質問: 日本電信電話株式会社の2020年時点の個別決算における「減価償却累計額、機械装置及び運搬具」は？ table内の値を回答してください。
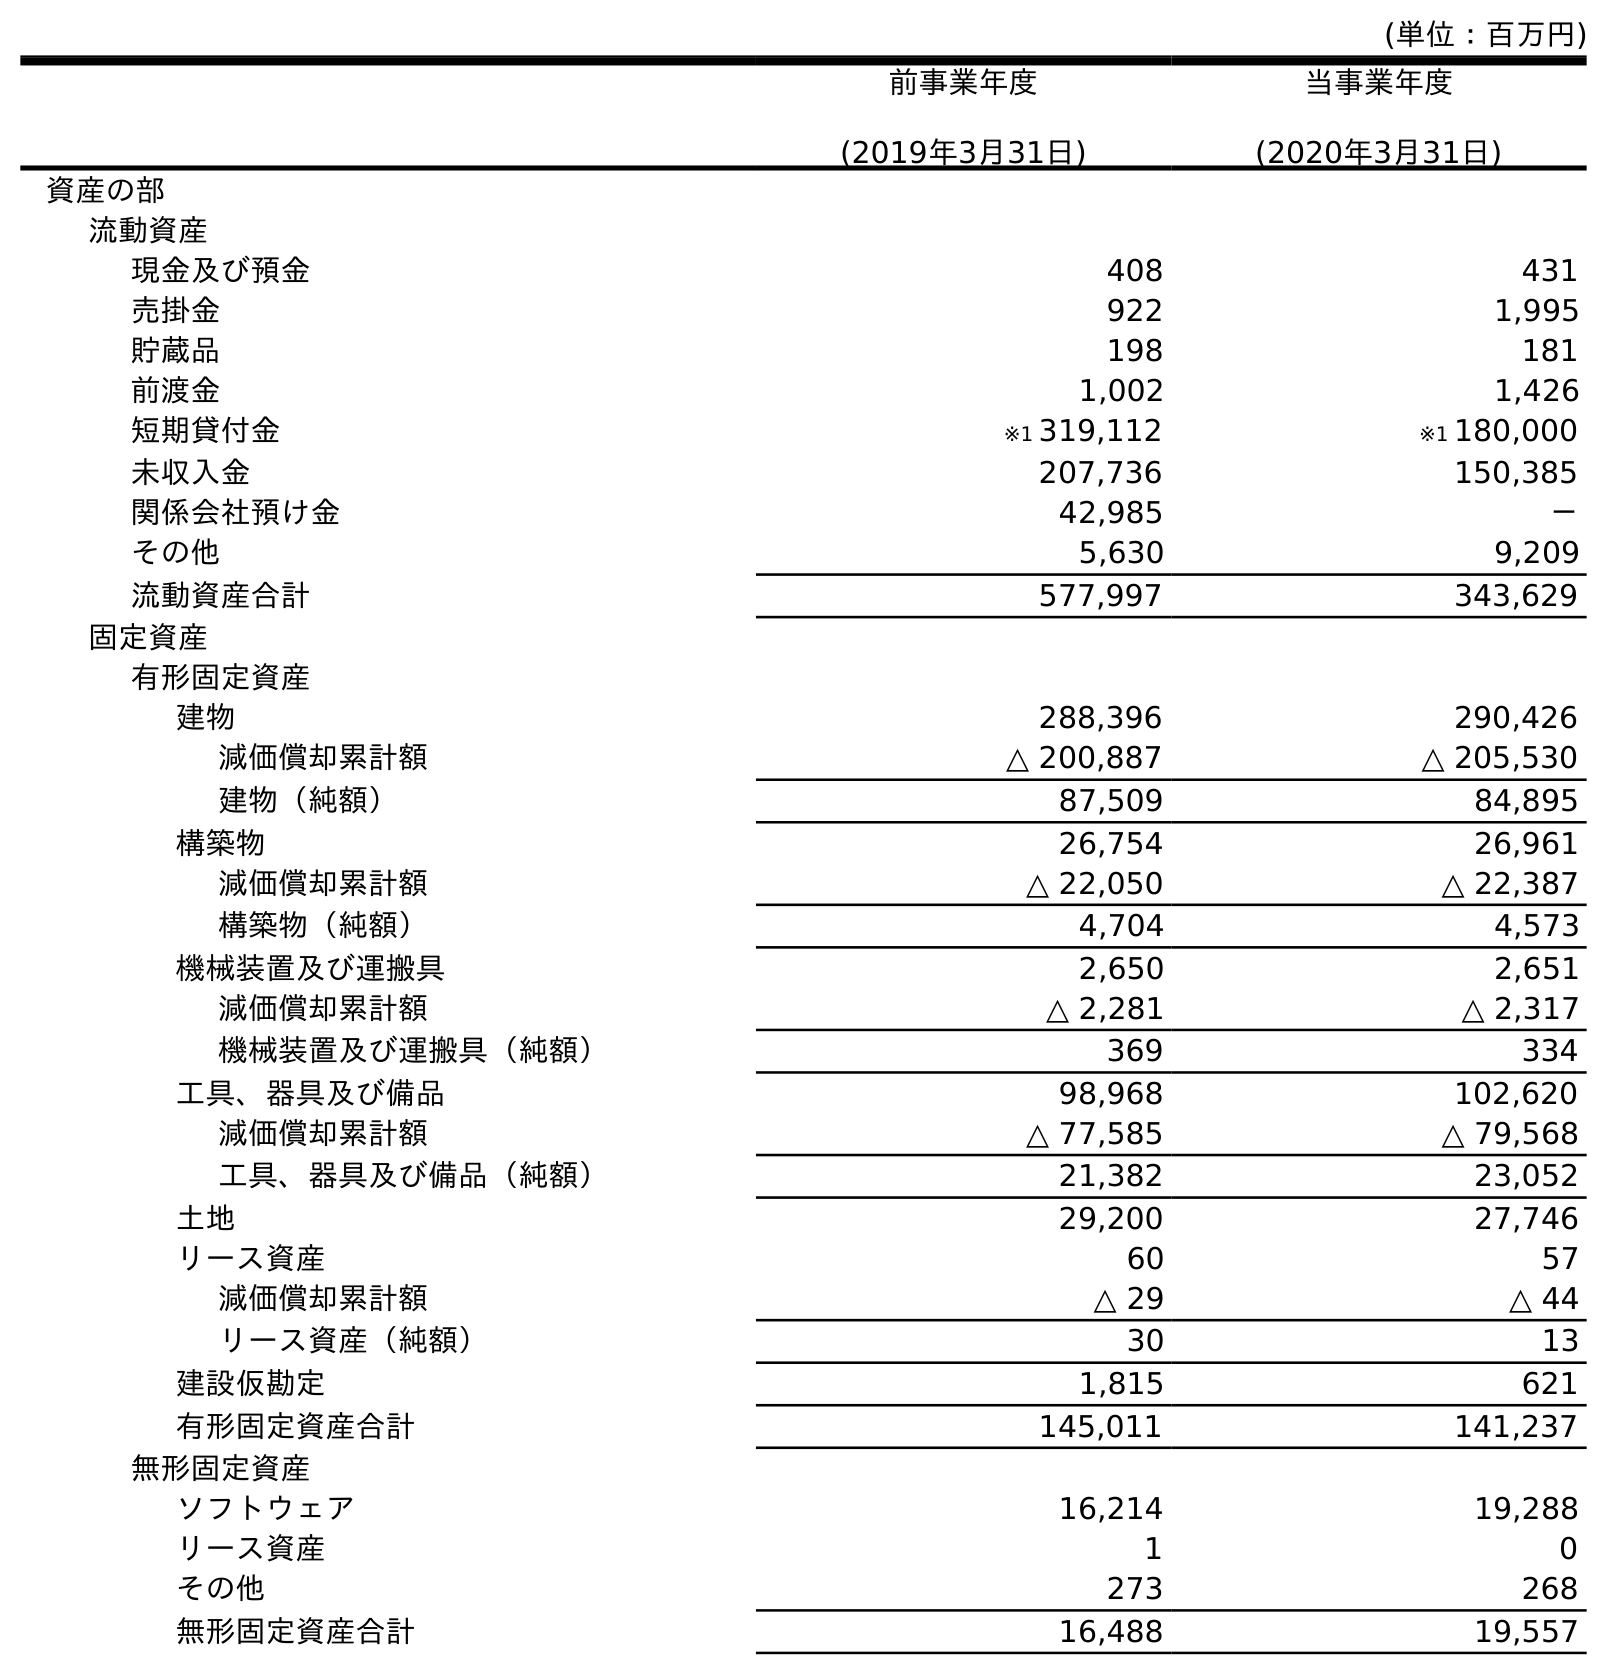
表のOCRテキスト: (単位：百万円) 前事業年度 (2019年3月31日) 当事業年度 (2020年3月31日) 資産の部 流動資産 現金及び預金 408 431 売掛金 922 1,995 貯蔵品 198 181 前渡金 1,002 1,426 短期貸付金 ※1 319,112 ※1 180,000 未収入金 207,736 150,385 関係会社預け金 42,985 － その他 5,630 9,209 流動資産合計 577,997 343,629 固定資産 有形固定資産 建物 288,396 290,426 減価償却累計額 △ 200,887 △ 205,530 建物（純額） 87,509 84,895 構築物 26,754 26,961 減価償却累計額 △ 22,050 △ 22,387 構築物（純額） 4,704 4,573 機械装置及び運搬具 2,650 2,651 減価償却累計額 △ 2,281 △ 2,317 機械装置及び運搬具（純額） 369 334 工具、器具及び備品 98,968 102,620 減価償却累計額 △ 77,585 △ 79,568 工具、器具及び備品（純額） 21,382 23,052 土地 29,200 27,746 リース資産 60 57 減価償却累計額 △ 29 △ 44 リース資産（純額） 30 13 建設仮勘定 1,815 621 有形固定資産合計 145,011 141,237 無形固定資産 ソフトウェア 16,214 19,288 リース資産 1 0 その他 273 268 無形固定資産合計 16,488 19,557
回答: △2,317